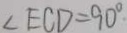
\angle E C D = 9 0 ^ { \circ }